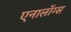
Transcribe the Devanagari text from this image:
एनालॉग्स